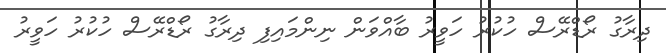
ދިރާގު ރޯޑްރޭސް ހުކުރު ހަވީރު ބާއްވަން ނިންމައިފި ދިރާގު ރޯޑްރޭސް ހުކުރު ހަވީރު